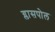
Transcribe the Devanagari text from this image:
ग्लासपोल